Civil Veterinary Department Bengal reports 1933-51 - 1933-1951
Year: 1933
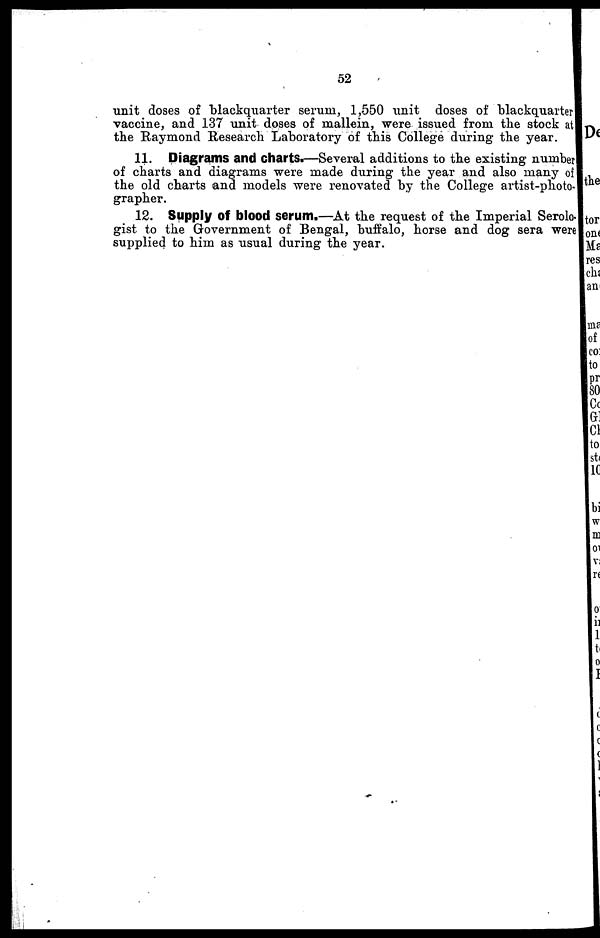
52
unit doses of blackquarter serum, 1,550 unit doses of blackquarter
vaccine, and 137 unit doses of mallein, were issued from the stock at
the Raymond Research Laboratory of this College during the year.
11. Diagrams and Charts.—Several additions to the existing number
of charts and diagrams were made during the year and also many of
the old charts and models were renovated by the College artist-photo-
grapher.
12. Supply of blood serum.—At the request of the Imperial Serolo-
gist to the Government of Bengal, buffalo, horse and dog sera were
supplied to him as usual during the year.